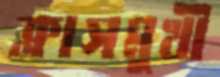
ক্লাসমুখী